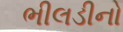
ભીલડીનો